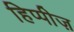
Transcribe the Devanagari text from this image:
हिप्पीज़